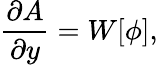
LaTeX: \frac{\partial A}{\partial y}=W[\phi],